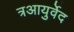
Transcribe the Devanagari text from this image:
त्रआयुर्वेद